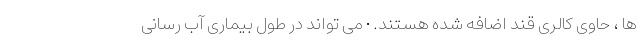
ها ، حاوی کالری قند اضافه شده هستند. • می تواند در طول بیماری آب رسانی